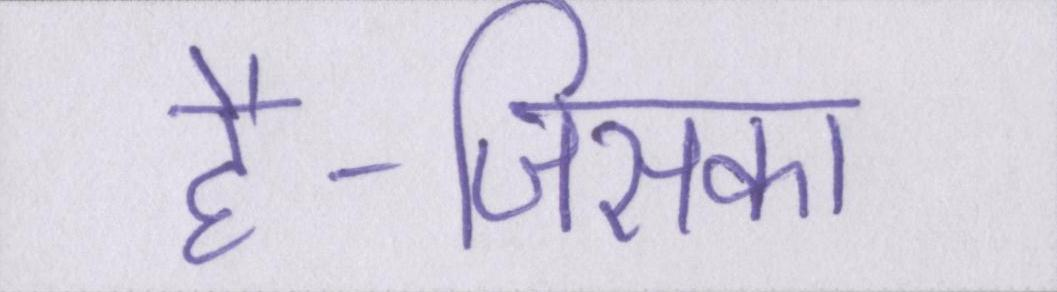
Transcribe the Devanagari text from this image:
है-जिसका